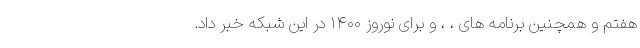
هفتم و همچنین برنامه های ، ، و برای نوروز ۱۴۰۰ در این شبکه خبر داد.